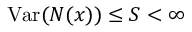
\operatorname { V a r } ( N ( x ) ) \leq S < \infty